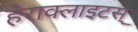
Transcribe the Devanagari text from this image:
हेराक्लाइटस्